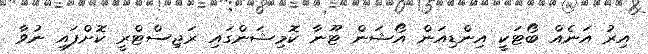
އިރު އަނެއް ބޯޓަކީ އިންޑިއަން އޯޝަން ޓޫނާ ކޮމިޝަންގައި ރަޖިސްޓްރީ ކޮށްފައި ނުވާ